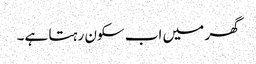
گھر میں اب سکون رہتا ہے۔